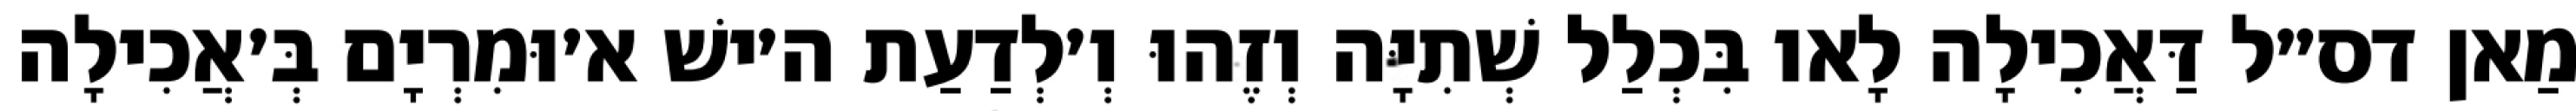
מַאן דס״ל דַּאֲכִילָה לָאו בִּכְלַל שְׁתִיָּה וְזֶהוּ וְ׳לְדַעַת ה׳ישׁ א׳וּמִרְיָם בְּ׳אֲכִילָה